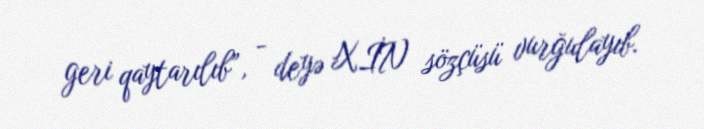
geri qaytarılıb”, - deyə XİN sözçüsü vurğulayıb.